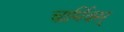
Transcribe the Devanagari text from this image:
चार्मिक्स्